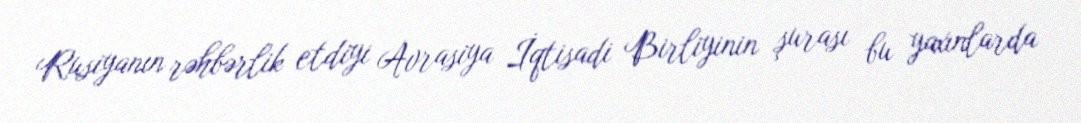
Rusiyanın rəhbərlik etdiyi Avrasiya İqtisadi Birliyinin şurası bu yaxınlarda